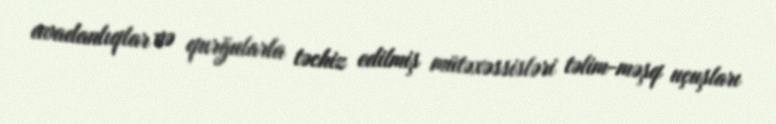
avadanlıqlar və qurğularla təchiz edilmiş mütəxəssisləri təlim-məşq uçuşları